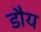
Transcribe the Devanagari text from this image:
डौय